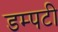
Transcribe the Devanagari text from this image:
डम्पटी